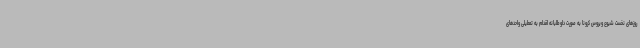
روزهای نخست شیوع ویروس کرونا به صورت داوطلبانه اقدام به تعطیلی واحدهای